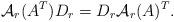
LaTeX: \begin{align*}\mathcal A_r(A^T)D_r=D_r\mathcal A_r(A)^T.\end{align*}